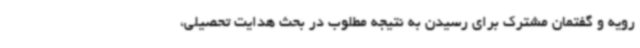
رویه و گفتمان مشترک برای رسیدن به نتیجه مطلوب در بحث هدایت تحصیلی،